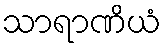
သာရာဏိယံ